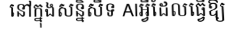
នៅក្នុងសន្និសីទ AIអ្វីដែលធ្វើឱ្យ